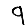
Digit: 9